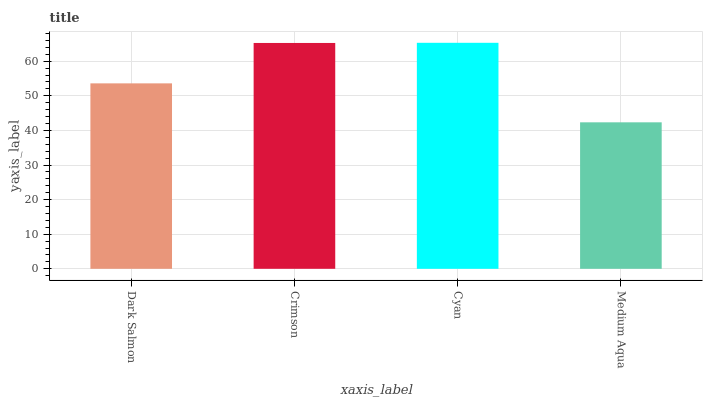
| xaxis_label | bars |
 | --- | --- |
 | Dark Salmon | 53.6 |
 | Crimson | 65.3 |
 | Cyan | 65.3 |
 | Medium Aqua | 42.3 |